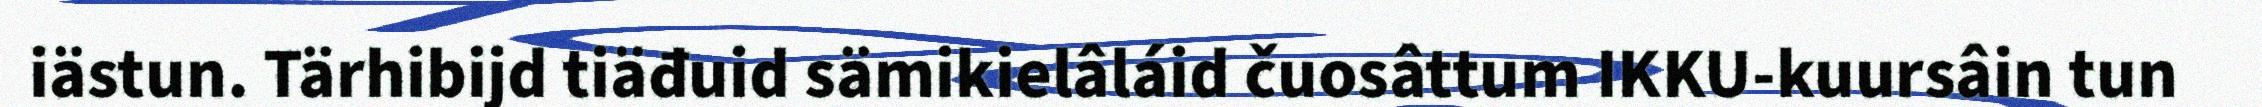
iästun. Tärhibijd tiäđuid sämikielâláid čuosâttum IKKU-kuursâin tun